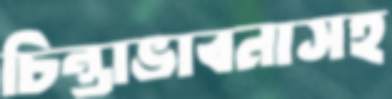
চিন্তাভাবনাসহ